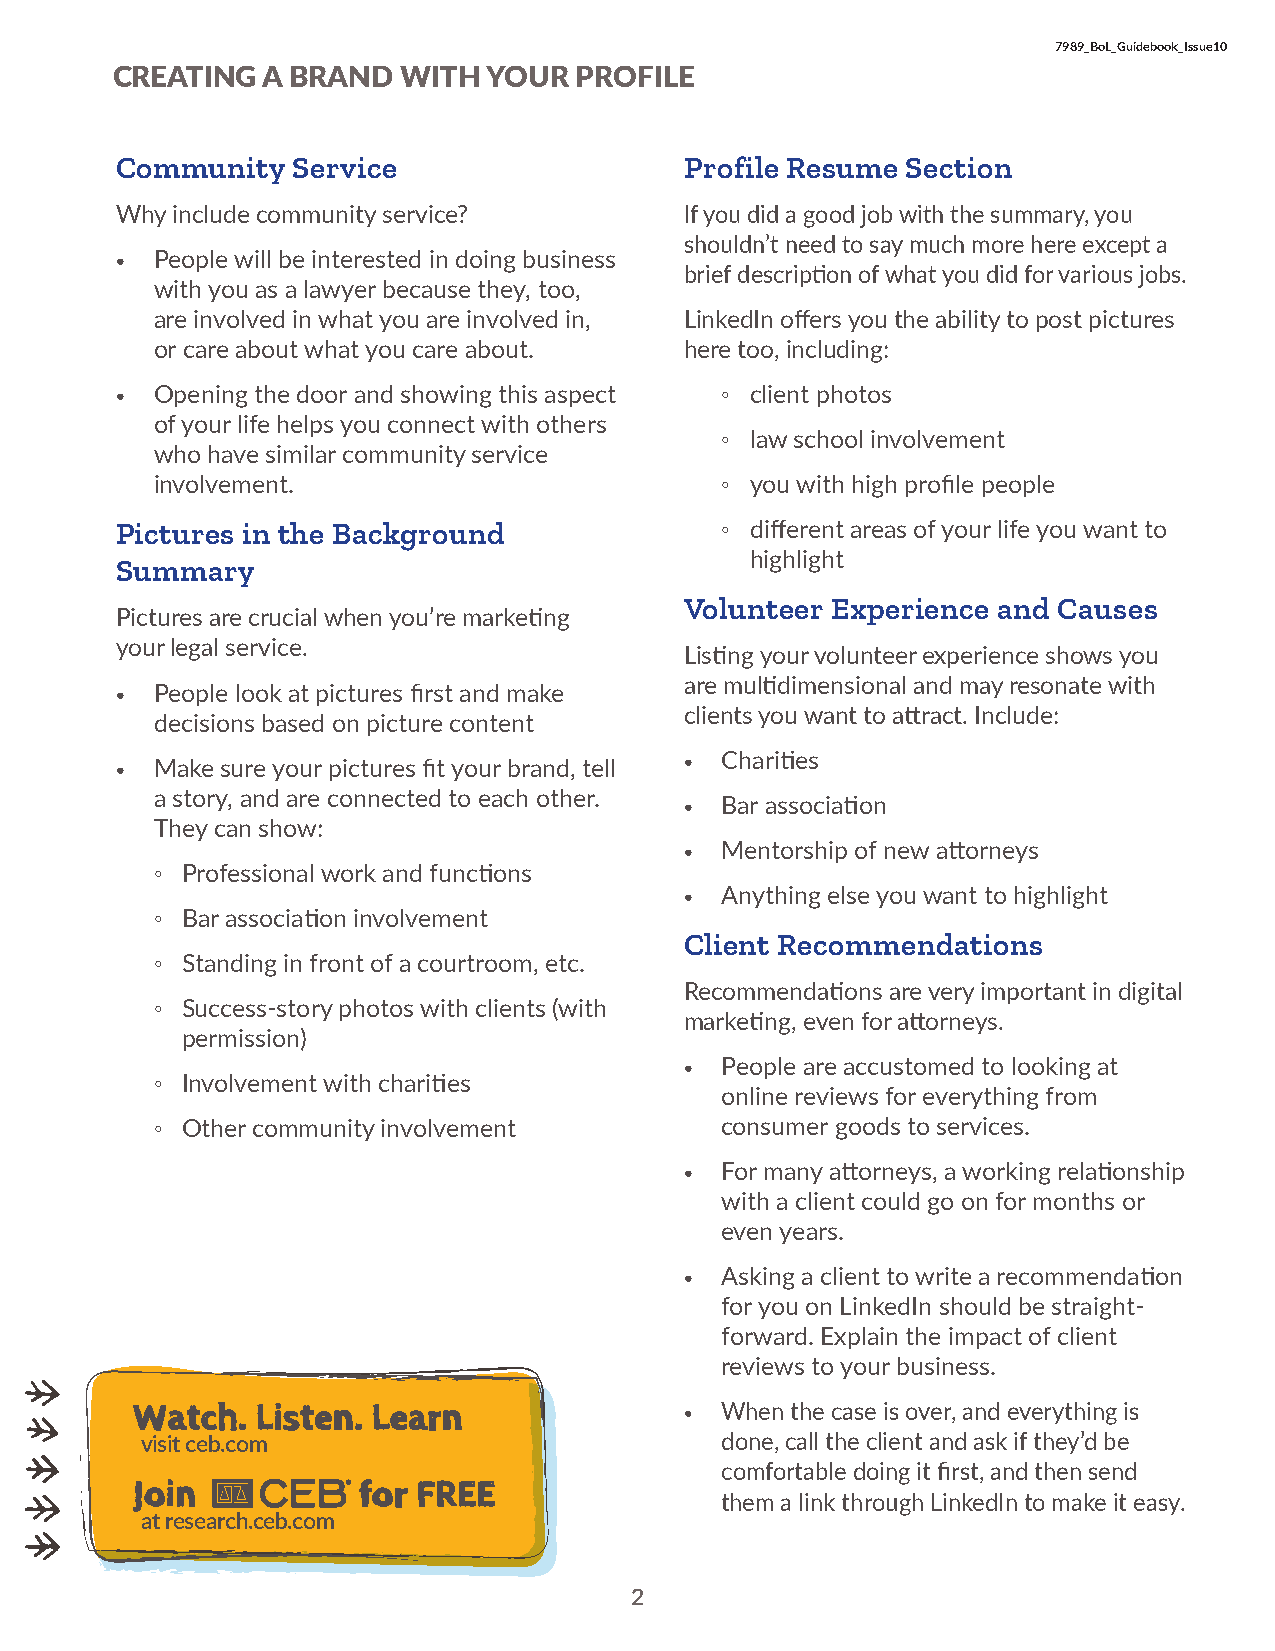
7989_BoL_Guidebook_Issue10
 CREATING  A BRAND   WITH YOUR  PROFILE
 Community  Service                   Profile Resume Section
 Why include community service?       If you did a good job with the summary, you
 shouldn’t need to say much more here except a
 • People will be interested in doing business
 brief description of what you did for various jobs.
 with you as a lawyer because they, too,
 are involved in what you are involved in, LinkedIn offers you the ability to post pictures
 or care about what you care about. here too, including:
 • Opening the door and showing this aspect ◦ client photos
 of your life helps you connect with others
 ◦ law school involvement
 who have similar community service
 involvement.                          ◦ you with high profile people
 Pictures in the Background              ◦ different areas of your life you want to
 highlight
 Summary
 Volunteer Experience and Causes
 Pictures are crucial when you’re marketing
 your legal service.
 Listing your volunteer experience shows you
 are multidimensional and may resonate with
 • People look at pictures first and make
 clients you want to attract. Include:
 decisions based on picture content
 •  Charities
 • Make sure your pictures fit your brand, tell
 a story, and are connected to each other.
 •  Bar association
 They can show:
 •  Mentorship of new attorneys
 ◦ Professional work and functions
 •  Anything else you want to highlight
 ◦ Bar association involvement
 Client Recommendations
 ◦ Standing in front of a courtroom, etc.
 Recommendations are very important in digital
 ◦ Success-story photos with clients (with
 marketing, even for attorneys.
 permission)
 •  People are accustomed to looking at
 ◦ Involvement with charities
 online reviews for everything from
 ◦ Other community involvement         consumer goods to services.
 •  For many attorneys, a working relationship
 with a client could go on for months or
 even years.
 •  Asking a client to write a recommendation
 for you on LinkedIn should be straight-
 forward. Explain the impact of client
 reviews to your business.
 WWaacthtc. hL.i sLttieesnn.. LLeeaarrnn • When the case is over, and everything is
 visit ceb.com                          done, call the client and ask if they’d be
 comfortable doing it first, and then send
 JJooiinn       ffoorr FFRREEEE
 them a link through LinkedIn to make it easy.
 at research.ceb.com
 2